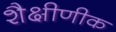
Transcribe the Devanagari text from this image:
शैक्षीणीक